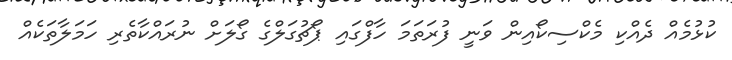
ކުޅުމެއް ދެއްކި މެކްސިކޯއިން ވަނީ ފުރަތަމަ ހާފްގައި ޕޯޗުގަލްގެ ގޯލަށް ނުރައްކާތެރި ހަމަލާތަކެއް